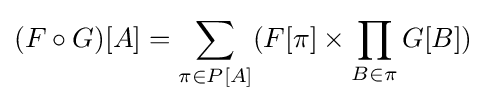
(F\circ G)[A]=\sum _{\pi \in P[A]}(F[\pi ]\times \prod _{B\in \pi }G[B])